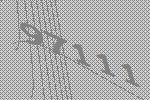
97111